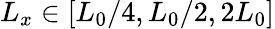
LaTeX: L_{x}\in[L_{0}/4,L_{0}/2,2L_{0}]